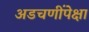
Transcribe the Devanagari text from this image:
अडचणींपेक्षा